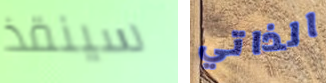
سينقذ الذاتي